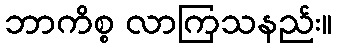
ဘာကိစ္စ လာကြသနည်း။